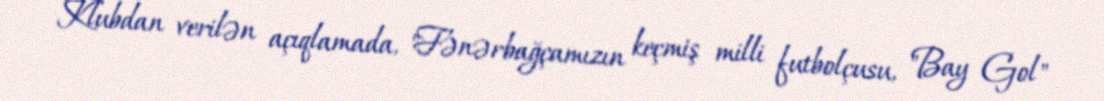
Klubdan verilən açıqlamada, "Fənərbağçamızın keçmiş milli futbolçusu, "Bay Gol"